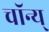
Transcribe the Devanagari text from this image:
चॉन्य्